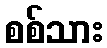
စစ်သား